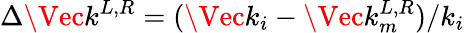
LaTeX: \Delta\Vec{k}^{L,R}=(\Vec{k}_{i}-\Vec{k}_{m}^{L,R})/k_{i}